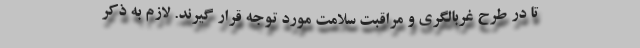
تا در طرح غربالگری و مراقبت سلامت مورد توجه قرار گیرند. لازم به ذکر